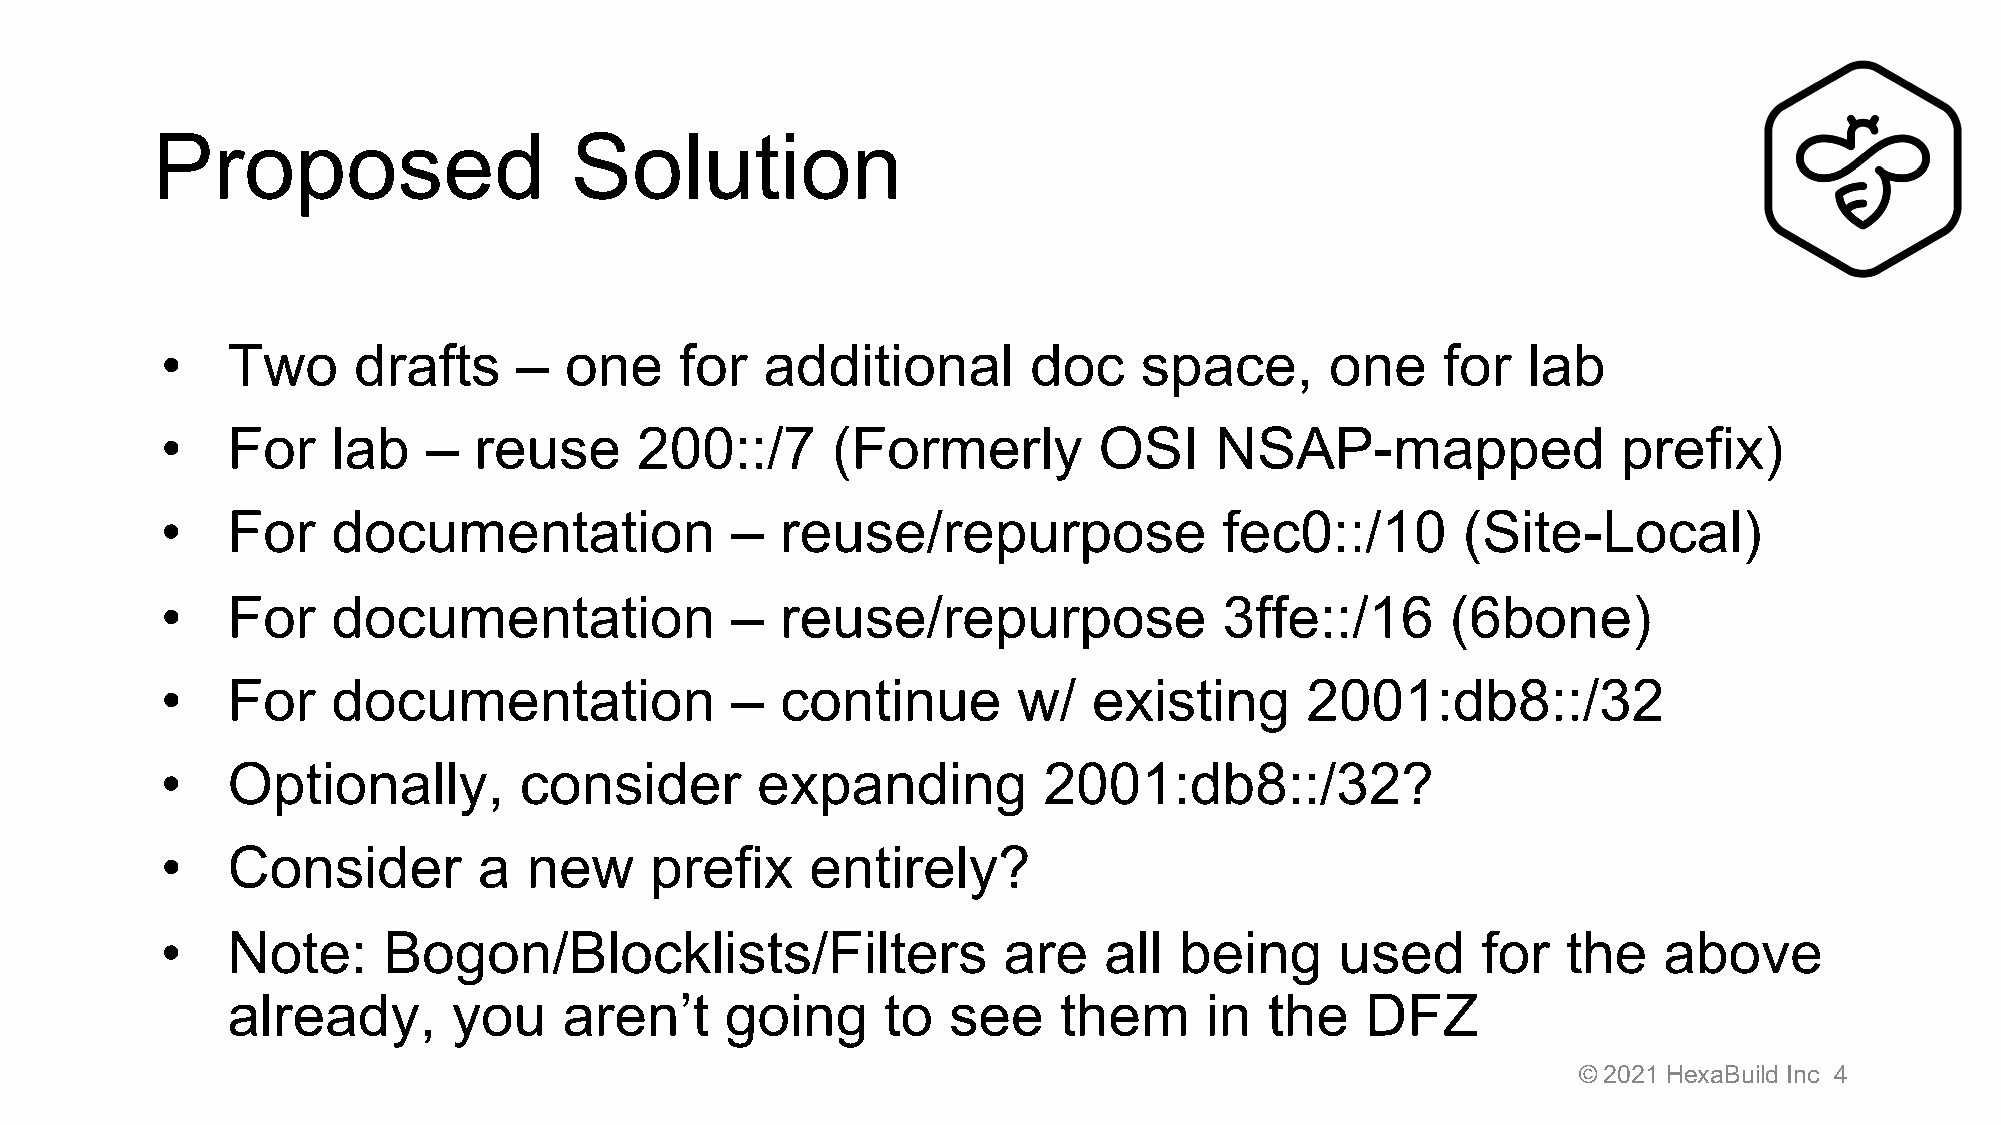
Proposed                    Solution
 •   Two     drafts     –  one     for   additional       doc    space,       one    for   lab
 •   For    lab   –  reuse      200::/7      (Formerly         OSI    NSAP-mapped                prefix)
 •   For    documentation             –   reuse/repurpose              fec0::/10       (Site-Local)
 •   For    documentation             –   reuse/repurpose              3ffe::/16      (6bone)
 •   For    documentation             –   continue       w/   existing      2001:db8::/32
 •   Optionally,        consider        expanding          2001:db8::/32?
 •   Consider         a  new     prefix     entirely?
 •   Note:     Bogon/Blocklists/Filters                 are    all  being      used     for   the   above
 already,       you    aren’t     going      to  see    them      in  the   DFZ
 © 2021 HexaBuild Inc 4